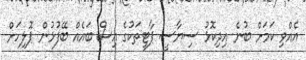
އެއްވި ކަމަށް ބުނެ އިދިކޮޅު ސިޔާސީ ޕާޓީތަކުގެ އިސް ބައެއް ބޭފުޅުން ޕޮލިހަށް